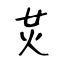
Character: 炗